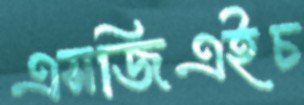
এসজিএইচ